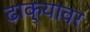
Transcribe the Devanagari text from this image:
ढाक्यावर